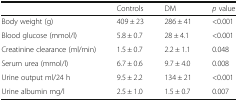
|  | Controls | DM | p value |
 | --- | --- | --- | --- |
 | Body weight (g) | 409 ± 23 | 286 ± 41 | <0.001 |
 | Blood glucose (mmol/l) | 5.8 ± 0.7 | 28 ± 4.1 | <0.001 |
 | Creatinine clearance (ml/min) | 1.5 ± 0.7 | 2.2 ± 1.1 | 0.048 |
 | Serum urea (mmol/l) | 6.7 ± 0.6 | 9.7 ± 4.0 | 0.008 |
 | Urine output ml/24 h | 9.5 ± 2.2 | 134 ± 21 | <0.001 |
 | Urine albumin mg/l | 2.5 ± 1.0 | 1.5 ± 0.7 | 0.007 |